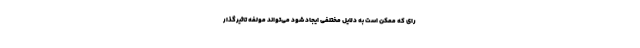
رای که ممکن است به دلایل مختلفی ایجاد شود می‌تواند مولفه تاثیرگذار